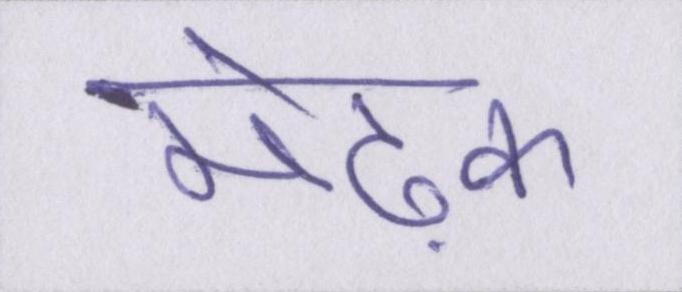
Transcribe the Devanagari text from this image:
मेढ़क